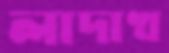
লাদাখ